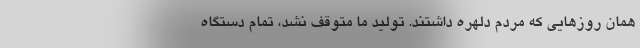
همان روزهایی که مردم دلهره داشتند. تولید ما متوقف نشد، تمام دستگاه